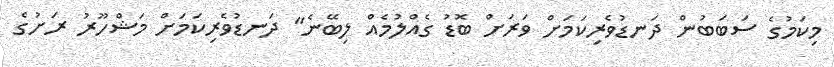
މިކަމުގެ ސަބަބުން ދަނޑުވެރިކަމަށް ވަރަށް ބޮޑު ގެއްލުމެއް ލިބޭނެ" ދަނޑުވެރިކަމަށް މަޝްހޫރު ރަށުގެ